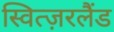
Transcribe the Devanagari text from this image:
स्वित्ज़रलैंड